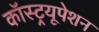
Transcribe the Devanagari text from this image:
कॉस्ट्रयूपेशन